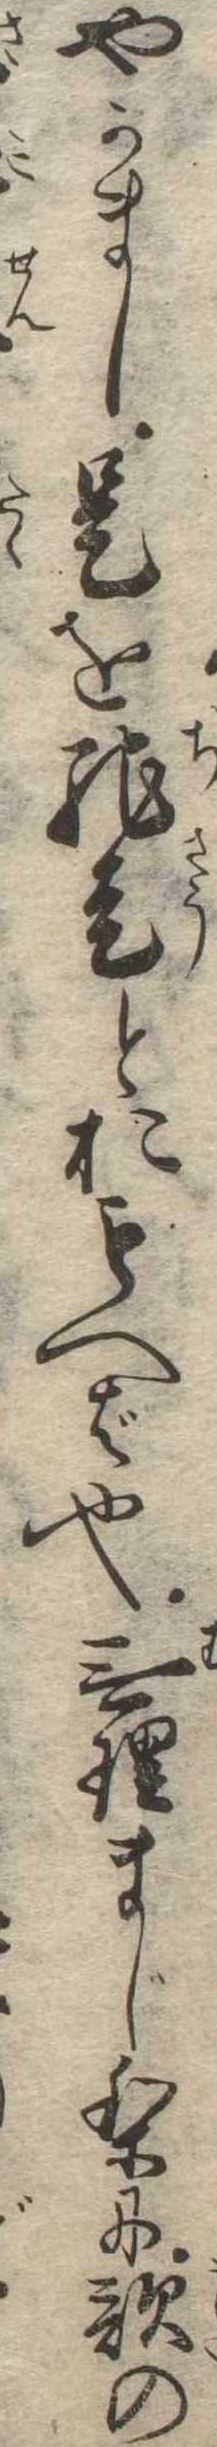
やかまし是を馳走とおもへば也無理まじりに歌の